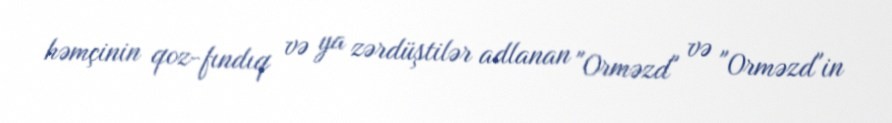
həmçinin qoz-fındıq və ya zərdüştilər adlanan "Orməzd" və "Orməzd"in